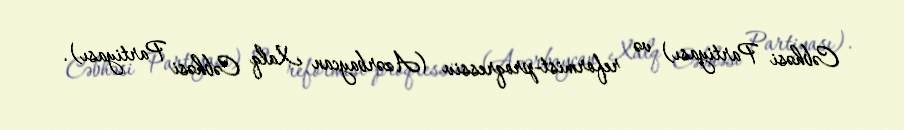
Cəbhəsi Partiyası) və reformist-proqressiv (Azərbaycan Xalq Cəbhəsi Partiyası).